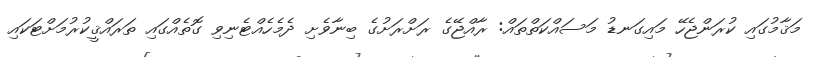
މަޤާމުގައި ކުރަންޖެހޭ މައިގަނޑު މަސައްކަތްތައް: ރާއްޖޭގެ ރަށްރަށުގެ ބިނާވެށި ދެމެހެއްޓެނިވި ގޮތެއްގައި ތަރައްޤީކުރުމަށްޓަކައި